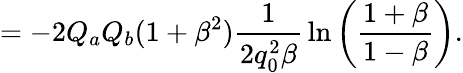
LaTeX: =-2Q_{a}Q_{b}(1+\beta^{2}){\frac{1}{2q_{0}^{2}\beta}}\ln\left({\frac{1+\beta}{1-\beta}}\right).